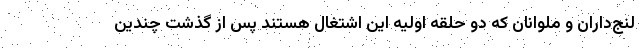
لنج‌داران و ملوانان که دو حلقه اولیه این اشتغال هستند پس از گذشت چندین